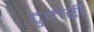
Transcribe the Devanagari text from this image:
टुमरी